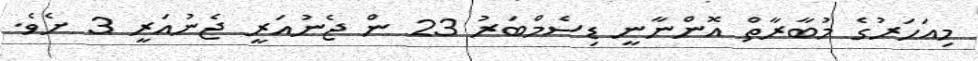
މިއަހަރުގެ މުބާރާތް އޮންނާނީ ޑިސެމްބަރު 23 ން ޖެނުއަރީ ޖެނުއަރީ 3 ށެވެ.